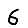
Digit: 6